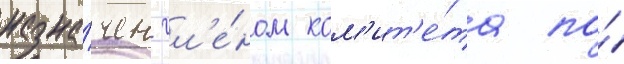
назна́чен чл'е́ном ком'ит'е́та по́